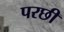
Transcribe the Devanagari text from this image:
परछी